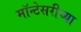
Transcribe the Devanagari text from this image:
मॉन्टेसरीच्या